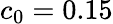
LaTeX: c_{0}=0.15